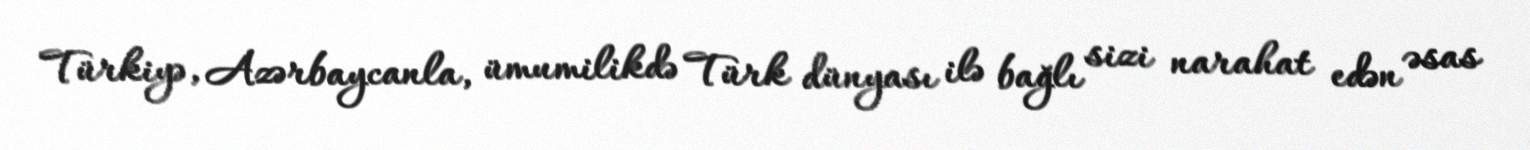
Türkiyə, Azərbaycanla, ümumilikdə Türk dünyası ilə bağlı sizi narahat edən əsas